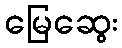
မြေဆွေး